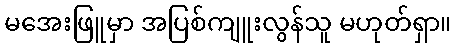
မအေးဖြူမှာ အပြစ်ကျူးလွန်သူ မဟုတ်ရှာ။